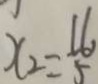
x _ { 2 } = \frac { 1 6 } { 5 }